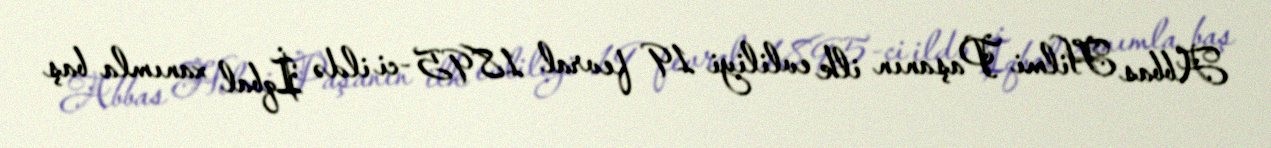
Abbas Hilmi Paşanın ilk evliliyi 19 fevral 1895-ci ildə İqbal xanımla baş